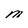
Character: M